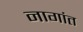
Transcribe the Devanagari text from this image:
नागांत